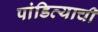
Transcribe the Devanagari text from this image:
पांडित्याची